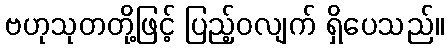
ဗဟုသုတတို့ဖြင့် ပြည့်ဝလျက် ရှိပေသည်။